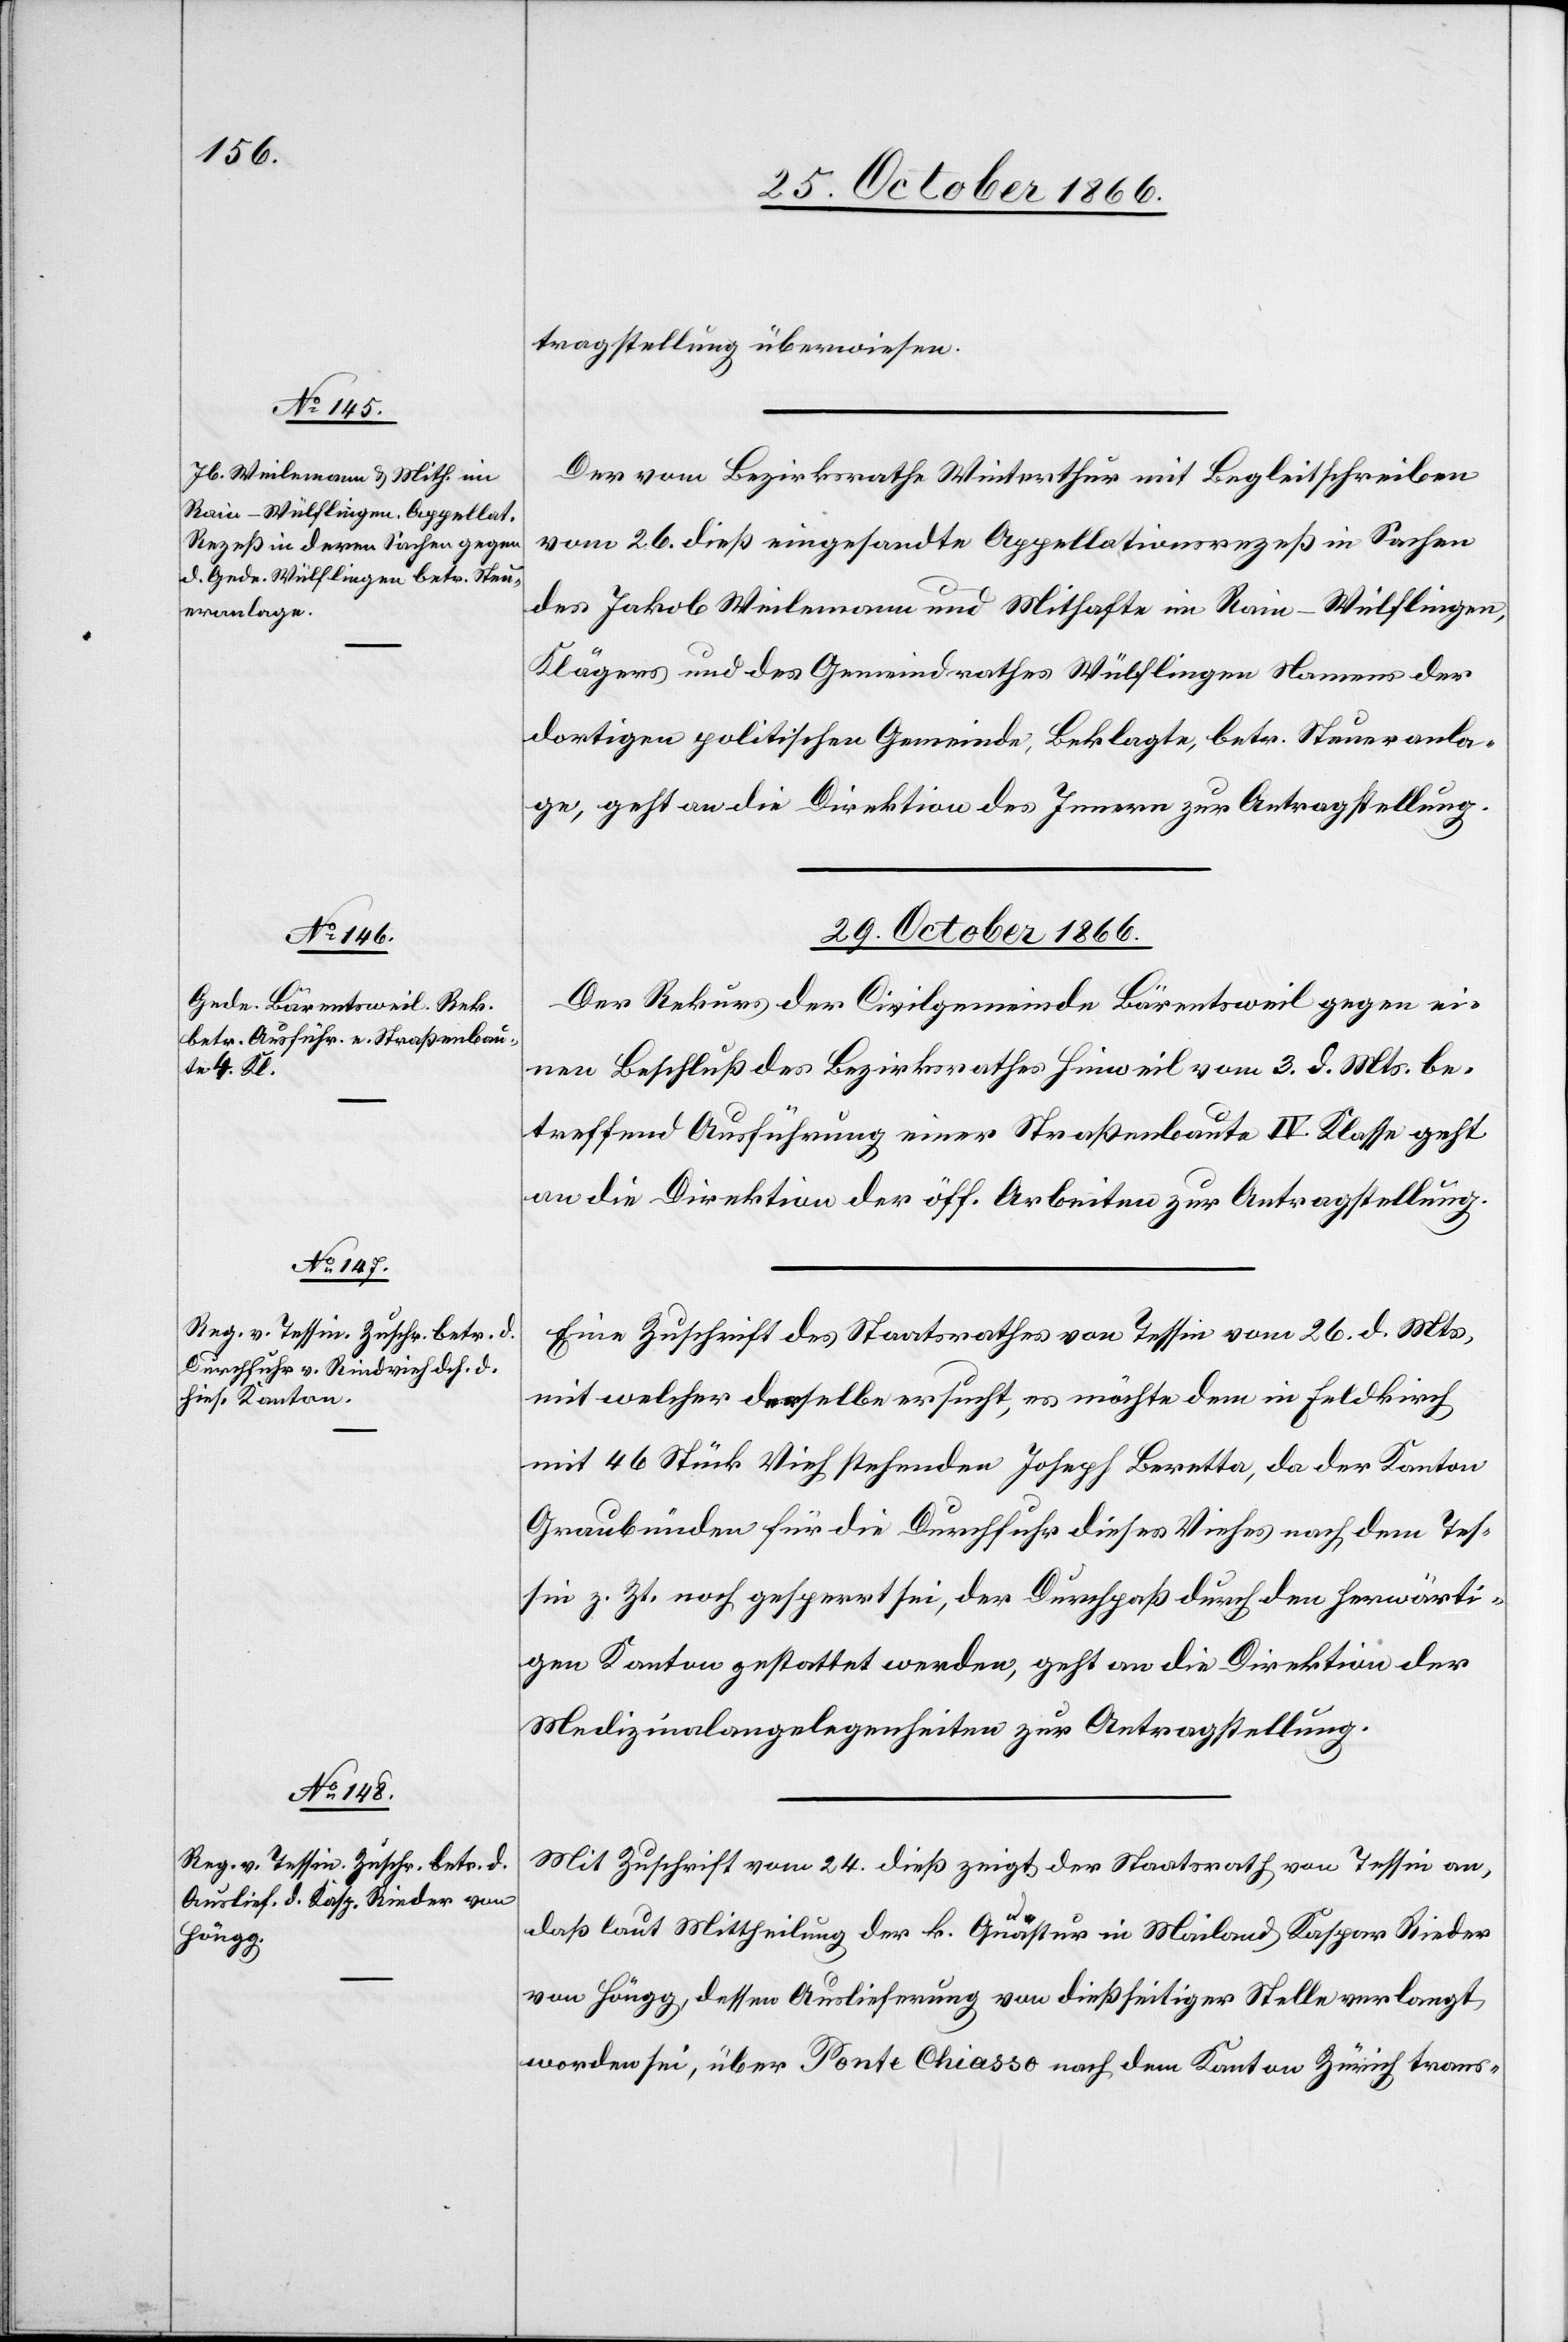
28. October 1866.]
tragstellung überwiesen.
Der vom Bezirksrathe Winterthur mit Begleitschreiben
vom 26. dieß eingesandte Appellationsrezeß in Sachen
des Jakob Weilemann und Mithafte im Rain-Wülflingen,
Klägers und des Gemeindrathes Wülflingen Namens der
dortigen politischen Gemeinde, Beklagte, betr. Steueranla¬
ge, geht an die Direktion des Innern zur Antragstellung.
Der Rekurs der Civilgemeinde Bärentsweil gegen ei¬
nen Beschluß des Bezirksrathes Hinweil vom 3. d. Mts. be¬
treffend Ausführung einer Straßenbaute IV. Klasse geht
an die Direktion der öff. Arbeiten zur Antragstellung.
Eine Zuschrift des Staatsrathes von Tessin vom 26. d. Mts,
mit welcher derselbe ersucht, es möchte dem in Feldkirch
mit 46 Stück Vieh stehenden Joseph Beretta, da der Kanton
Graubünden für die Durchfuhr dieses Viehes nach dem Tes¬
sin z. Zt. noch gesperrt sei, der Durchpaß durch den herwärti¬
gen Kanton gestattet werden, geht an die Direktion der
Medizinalangelegenheiten zur Antragstellung.
Mit Zuschrift vom 24. dieß zeigt der Staatsrath von Tessin an,
daß laut Mittheilung der k. Quästur in Mailand Kaspar Rieder
von Höngg, dessen Auslieferung von dießseitiger Stelle verlangt
worden sei, über Ponte Chiasso nach dem Kanton Zürich trans-